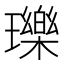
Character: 瓅